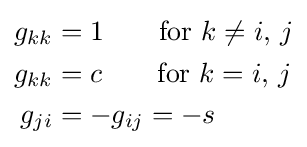
{\begin{aligned}g_{kk}&{}=1\qquad {\text{for}}\ k\neq i,\,j\\g_{kk}&{}=c\qquad {\text{for}}\ k=i,\,j\\g_{ji}&{}=-g_{ij}=-s\\\end{aligned}}